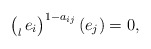
\begin{gather*}\bigl(_l\,e_i\bigr)^{1-a_{ij}}\,(e_j)=0,\end{gather*}